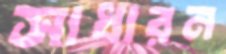
সাধারন